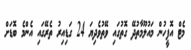
މެޓް އޮފީހުން މައުލޫމާތުދޭ ގޮތުގައި ވޭތުވެދިޔަ 24 ގަޑިއިރު ތެރޭގައި އެންމެ ބޮޑަށް